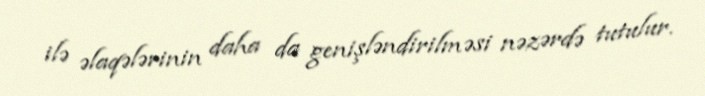
ilə əlaqələrinin daha da genişləndirilməsi nəzərdə tutulur.